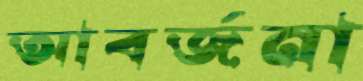
আবর্জনা